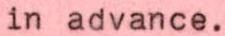
in advance.